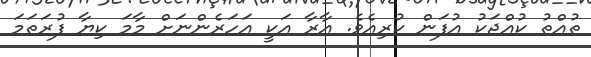
ތުއްތު ކުއްޖަކު އުފަން ކުރިއެވެ. އާރާ އަކީ އަހަރެންނަށް މާމަ ކިޔާ ފުރަތަމަ